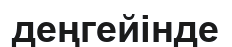
деңгейінде